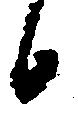
候